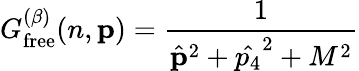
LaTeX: G_{\mathrm{free}}^{(\beta)}(n,{\mathbf{p}})={\frac{1}{\hat{{\mathbf{p}}}^{2}+\hat{p_{4}}^{2}+M^{2}}}